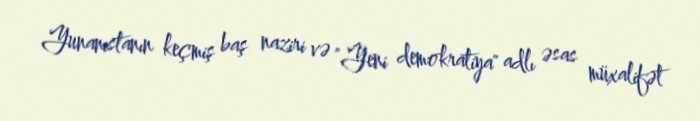
Yunanıstanın keçmiş baş naziri və "Yeni demokratiya" adlı əsas müxalifət